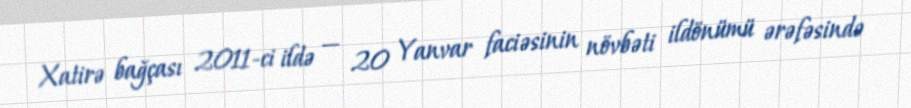
Xatirə bağçası 2011-ci ildə — 20 Yanvar faciəsinin növbəti ildönümü ərəfəsində